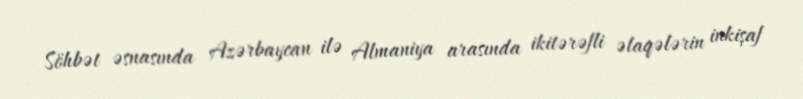
Söhbət əsnasında Azərbaycan ilə Almaniya arasında ikitərəfli əlaqələrin inkişaf